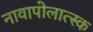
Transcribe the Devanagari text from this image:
नावापोलात्स्क